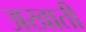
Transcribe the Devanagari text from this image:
अखाती